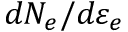
d N _ { e } / d \varepsilon _ { e }